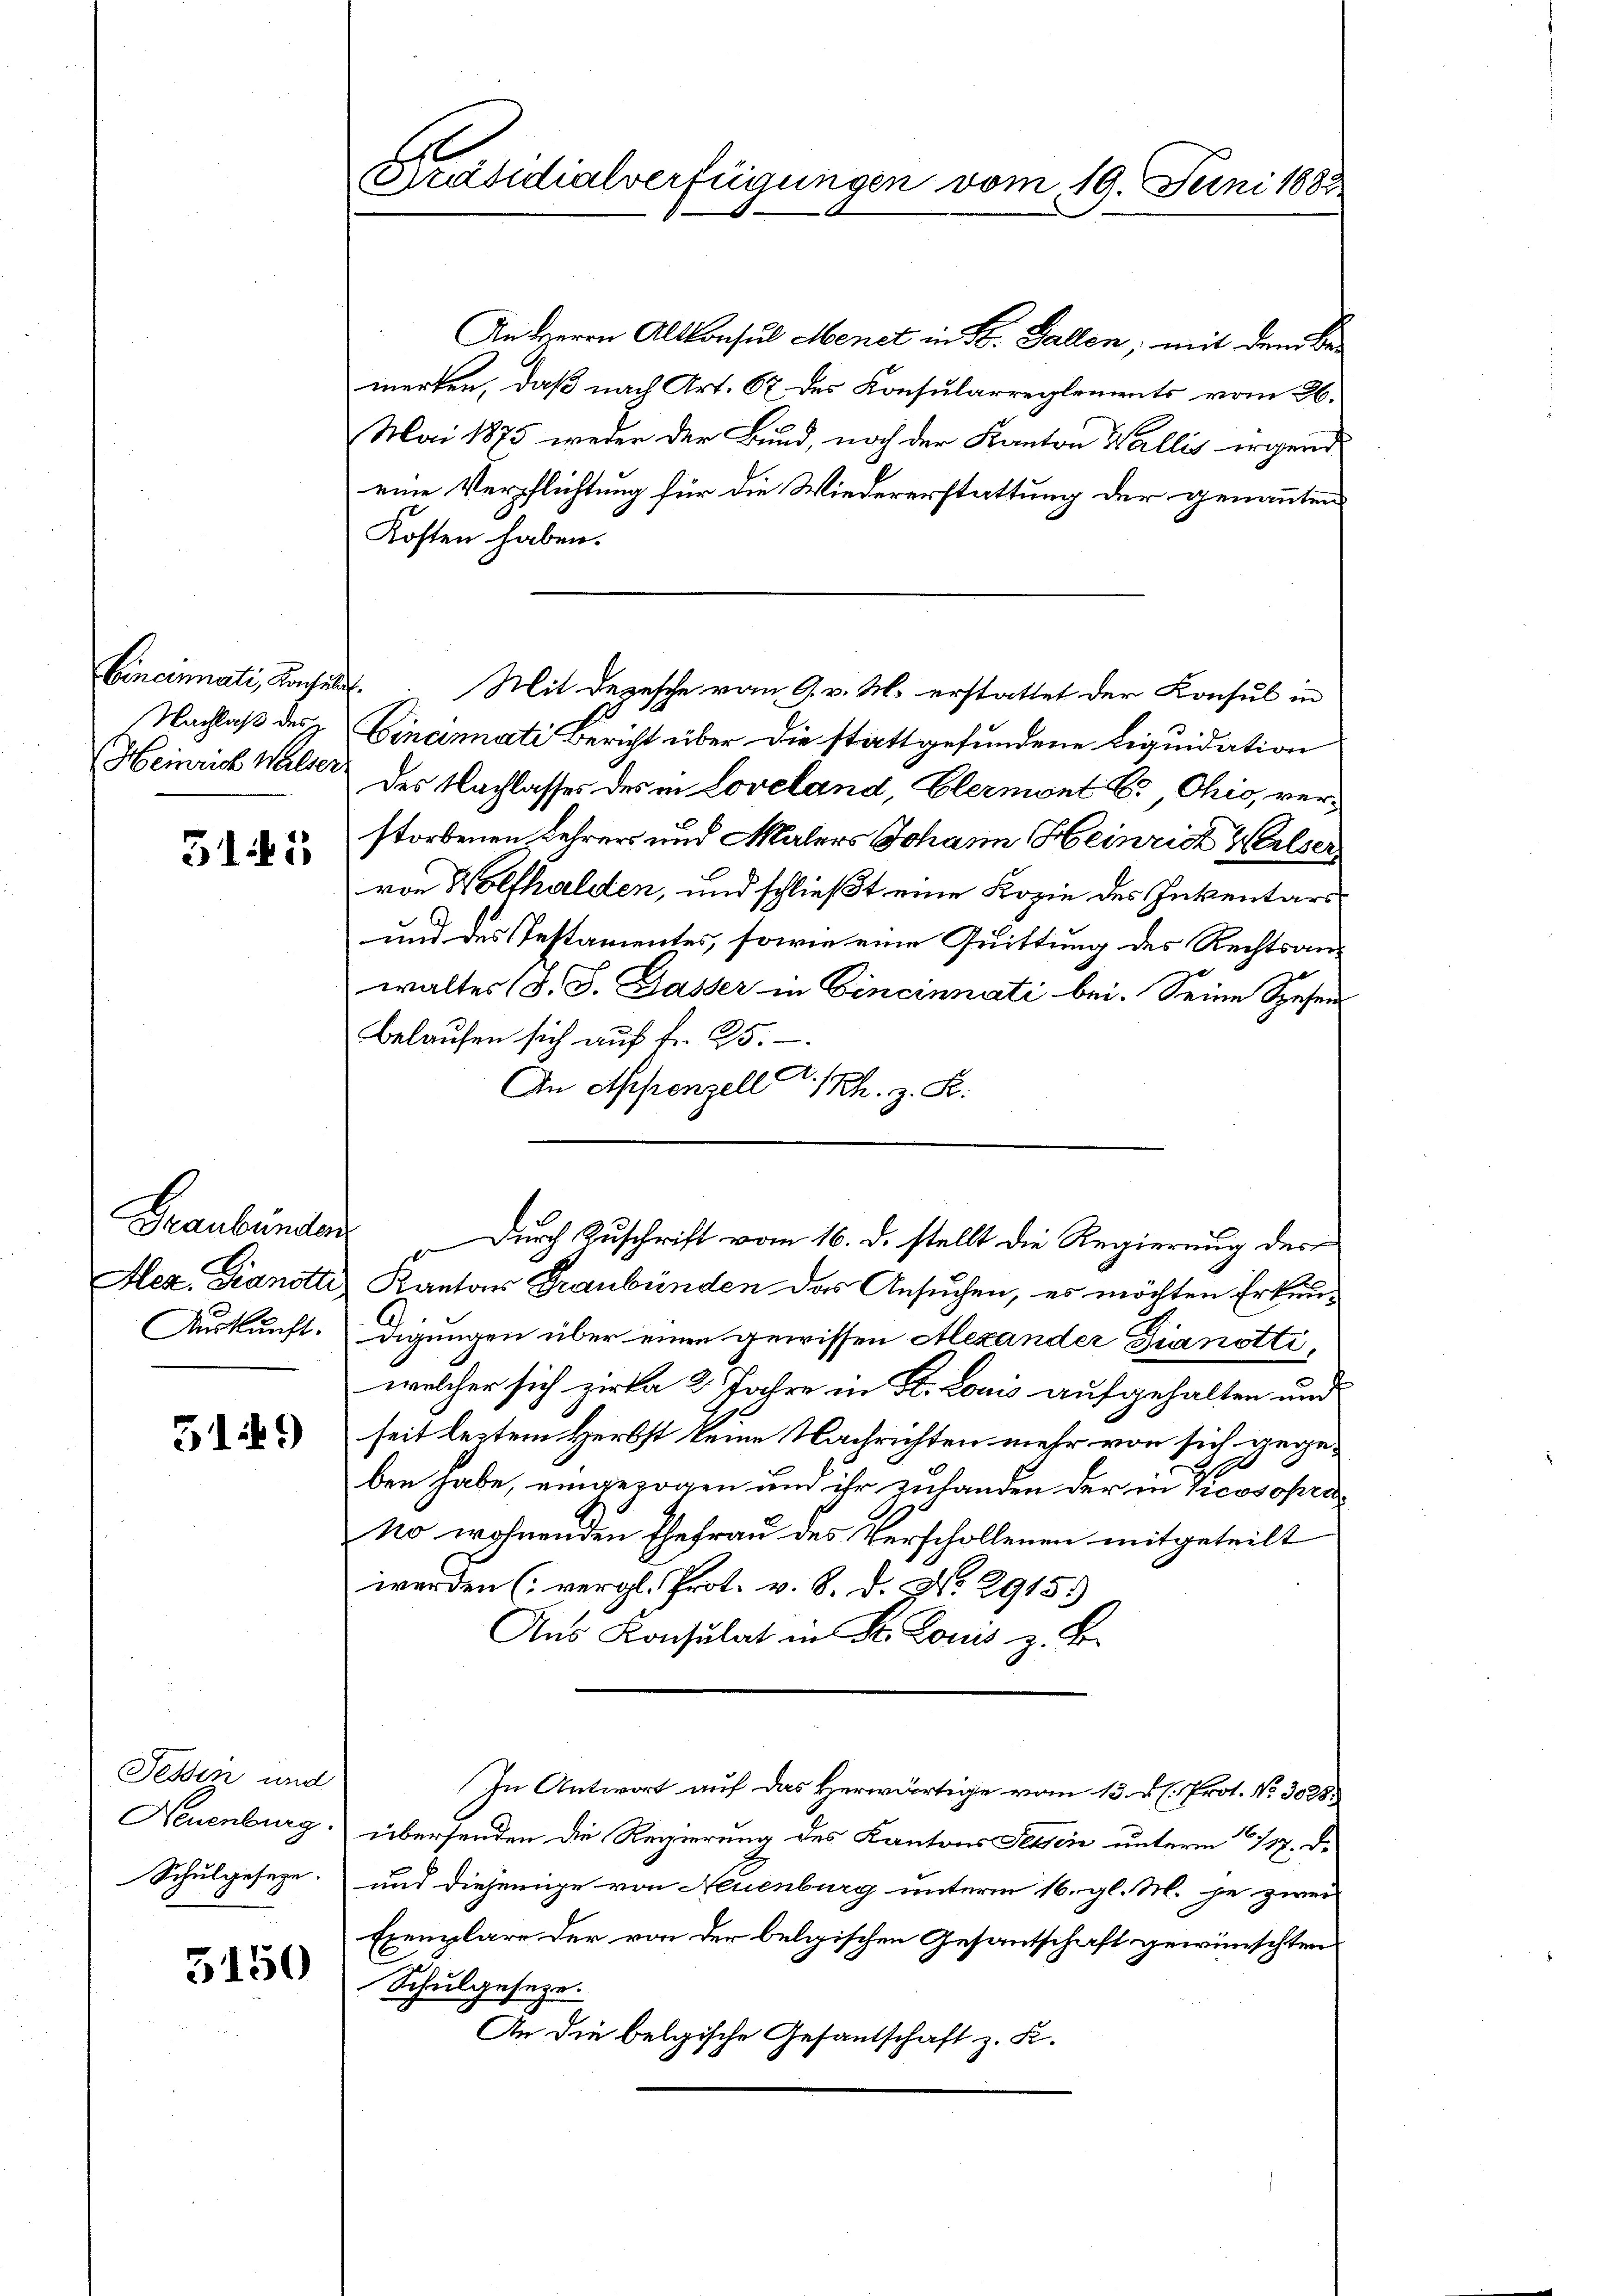
Cincinati, Kachildt.
Nachlaß des
Heinrich Walser

3145

Hez. Dianotti
Auskunft.

5149

Fessen und
Neuenburg.
Schulgesetze.

5150

Präsidialverfügungen vom 19. Juni 1883

An Herrn Altkonsul Menet in St. Gallen mit dem Be-
merken, daß nach Art. 67 des Konsularreglements vom 26.
Mai 1875 weder der Bund, noch der Kanton Wallis irgend
eine Verpflichtung für die Wiedererstattung der genannten
Kosten haben.
Mit Depesche vom 9. v. M. erstattet der Konsul in
Cincinati Bericht über die stattgefundene Liquidation
des Nachlasses des in Loveland, Elermont E. Ohio, verstorbenen Lehrers und Malers Johann Heinrich Welser
von Wolfhalden, und schließt eine Kopie des Inventars
und des Testamentes, sowie eine Quittung des Rechtsanwalter (s. S. Gasser in Cincinnati bei. Seine Spesen
Belaufen sich auf fr. 25.
2.
An Appenzell 1 Rh. z. R.
Graubünden durch Zuschrift vom 16. d. stellt die Regierung des
Kanton Graubünden das Ansuchen, es möchten Erkundigungen über einen gewissen Alexander Dianottiwelcher sich zirka 2. Jahre in St. Louis aufgehalten und
seit leztem Herbst keine Nachrichten mehr von sich gege¬
190
ben habe, eingezogen und ihr zuhanden der in Vicosopra¬
No wohnenden Ehefrau des Verschollenen mitgeteilt
werden (vergl. Prot. v. 8. d. No. 2915.)
Ans Konsulat in St. Louis z. B.
In Antwort auf das Herwärtige vom 13. d. h. Prot. Nr. 3028.
übersenden die Regierung des Kantons Tessin unterm 17. d.
und diejenige von Neuenburg unterm 16. gl. M. je zwei
Exemplare der von der belgischen Gesantschaft gewünschten
Schulgeseze.
An die belgische Gesantschaft z. K.